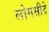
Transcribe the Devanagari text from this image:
लोगसीदे